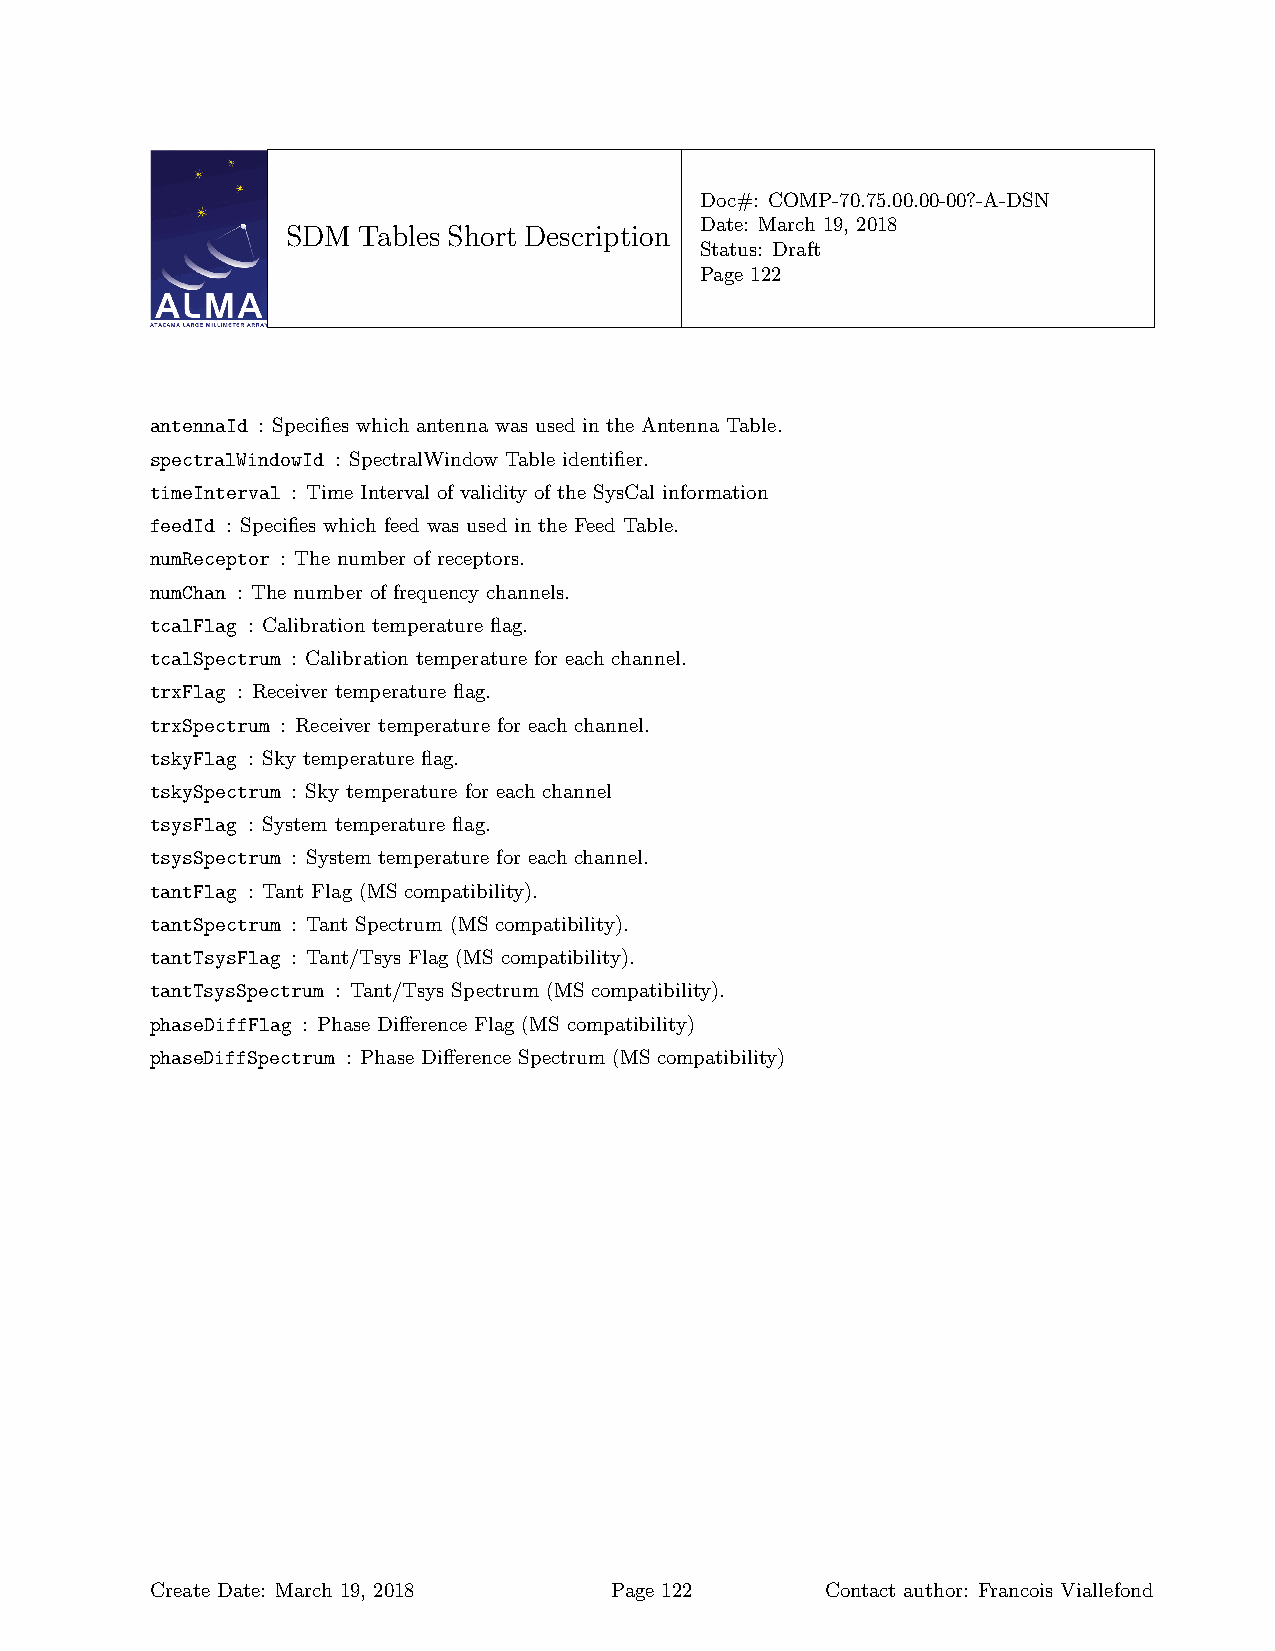
Doc#: COMP-70.75.00.00-00?-A-DSN
 Date: March 19, 2018
 SDM  Tables Short Description
 Status: Draft
 Page 122
 antennaId : Specifies which antenna was used in the Antenna Table.
 spectralWindowId : SpectralWindow Table identifier.
 timeInterval : Time Interval of validity of the SysCal information
 feedId : Specifies which feed was used in the Feed Table.
 numReceptor : The number of receptors.
 numChan : The number of frequency channels.
 tcalFlag : Calibration temperature flag.
 tcalSpectrum : Calibration temperature for each channel.
 trxFlag : Receiver temperature flag.
 trxSpectrum : Receiver temperature for each channel.
 tskyFlag : Sky temperature flag.
 tskySpectrum : Sky temperature for each channel
 tsysFlag : System temperature flag.
 tsysSpectrum : System temperature for each channel.
 tantFlag : Tant Flag (MS compatibility).
 tantSpectrum : Tant Spectrum (MS compatibility).
 tantTsysFlag : Tant/Tsys Flag (MS compatibility).
 tantTsysSpectrum : Tant/Tsys Spectrum (MS compatibility).
 phaseDiffFlag : Phase Difference Flag (MS compatibility)
 phaseDiffSpectrum : Phase Difference Spectrum (MS compatibility)
 Create Date: March 19, 2018   Page 122       Contact author: Francois Viallefond